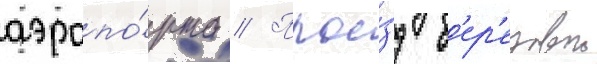
аэропо́рта // Прое́зд б'ер'езовои